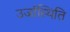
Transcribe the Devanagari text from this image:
उर्जास्थिति